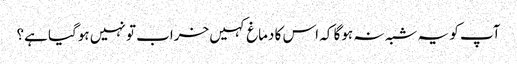
آپ کو یہ شبہ نہ ہوگا کہ اس کا دماغ کہیں خراب تو نہیں ہوگیا ہے؟